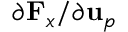
{ \partial \mathbf { F } _ { x } } / { \partial \mathbf { u } _ { p } }